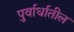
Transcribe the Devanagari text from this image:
पुर्वार्धातील